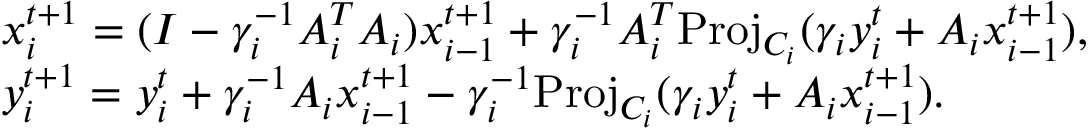
\begin{array} { r l } & { x _ { i } ^ { t + 1 } = ( I - \gamma _ { i } ^ { - 1 } A _ { i } ^ { T } A _ { i } ) x _ { i - 1 } ^ { t + 1 } + \gamma _ { i } ^ { - 1 } A _ { i } ^ { T } \mathrm { P r o j } _ { C _ { i } } ( \gamma _ { i } y _ { i } ^ { t } + A _ { i } x _ { i - 1 } ^ { t + 1 } ) , } \\ & { y _ { i } ^ { t + 1 } = y _ { i } ^ { t } + \gamma _ { i } ^ { - 1 } A _ { i } x _ { i - 1 } ^ { t + 1 } - \gamma _ { i } ^ { - 1 } \mathrm { P r o j } _ { C _ { i } } ( \gamma _ { i } y _ { i } ^ { t } + A _ { i } x _ { i - 1 } ^ { t + 1 } ) . } \end{array}